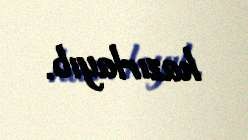
hazırlayıb.